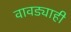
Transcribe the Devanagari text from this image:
वावड्याही